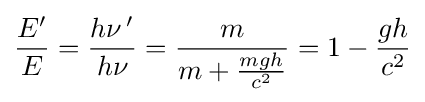
{\frac {E'}{E}}={\frac {h\nu \,'}{h\nu }}={\frac {m}{m+{\frac {mgh}{c^{2}}}}}=1-{\frac {gh}{c^{2}}}